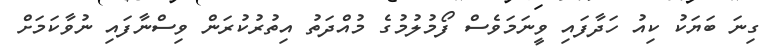
ގިނަ ބަޔަކު ކިއު ހަދާފައި ވީނަމަވެސް ފޯމުލުމުގެ މުއްދަތު އިތުރުކުރަން ވިސްނާފައި ނުވާކަމަށް